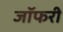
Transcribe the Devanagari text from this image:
जॉफरी